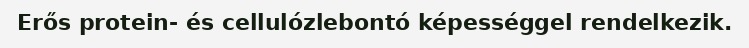
Erős protein- és cellulózlebontó képességgel rendelkezik.